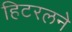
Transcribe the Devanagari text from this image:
हिटरलने